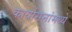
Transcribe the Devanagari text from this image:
कार्यासनांमध्ये